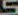
5